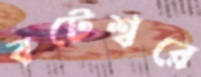
বটেশ্বরে